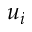
u _ { i }